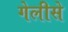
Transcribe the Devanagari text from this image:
गेलीसे